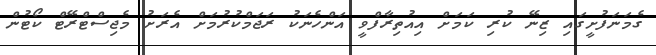
ގެމަނަފުށީގައި ޒިނޭ ކުރި ކަމަށް އިއުތިރާފްވީ އަންހެނަކު ރަޖަމްކުރުމަށް އެރަށު މެޖިސްޓްރޭޓް ކޯޓުން